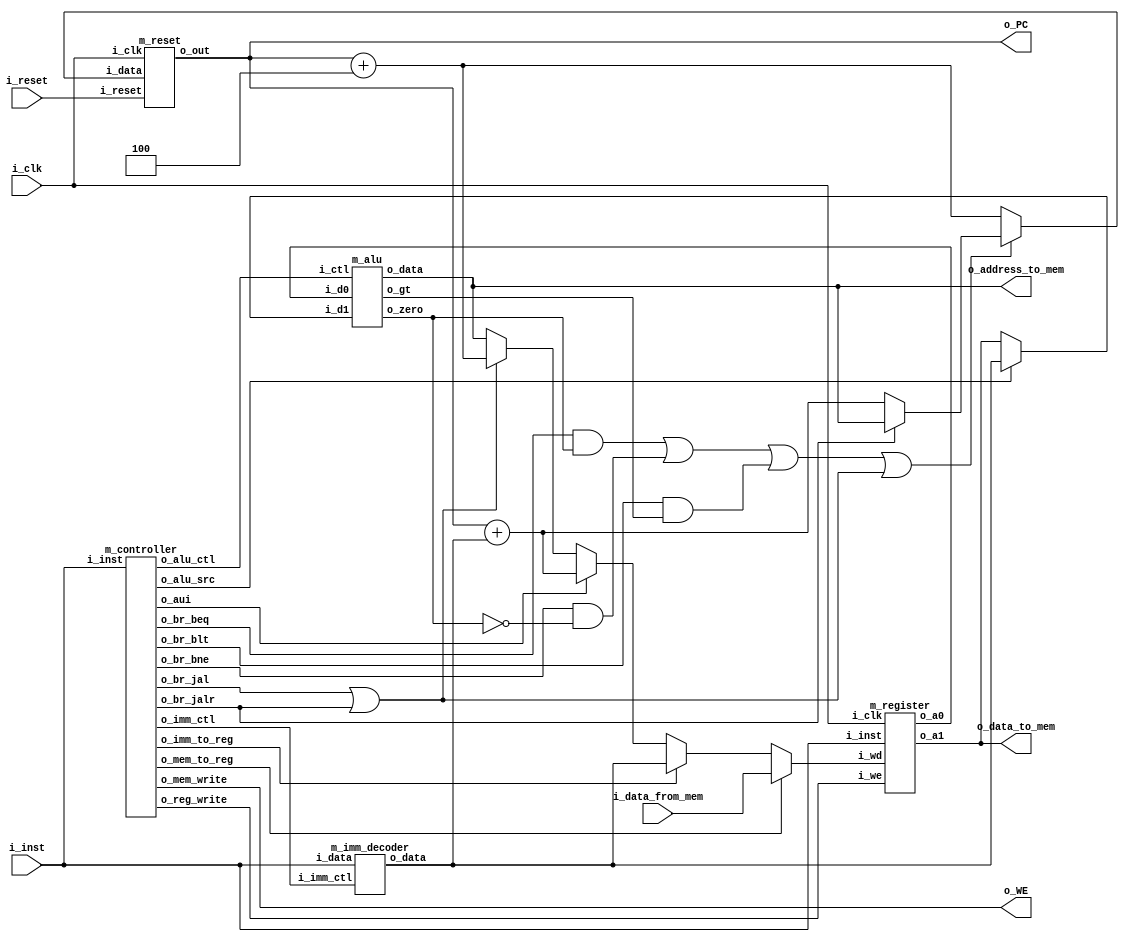
`default_nettype none

/** Links all the components together - RAM is external */
module m_processor( input i_clk, i_reset,
                  output [31:0] o_PC,
                  input  [31:0] i_inst,
                  output o_WE,
                  output [31:0] o_address_to_mem,
                  output [31:0] o_data_to_mem,
                  input  [31:0] i_data_from_mem
                );
  // blue controller wires
  wire [2:0] imm_ctl;
  wire alu_src;
  wire [3:0] alu_ctl;
  wire mem_write, mem_to_reg, reg_write, imm_to_reg;
  wire br_jalr, br_jal, br_beq, br_bne, br_blt;
  wire br_outcome, br_jalx;
  wire aui;

  wire [31:0]
    pc, pc_plus, imm_op, pc_imm,
    rs0, rs1,
    alu_src_a, alu_src_b, alu_out,
    br_target, res,
    tmp0, tmp1, tmp2;
  wire alu_zero, alu_gt;

  // PC
  wire [31:0] pc_new;
  m_reset u_pc_reg(i_clk, i_reset, pc_new, pc);

  // Linking wires
  assign alu_src_a = rs0;
  assign alu_src_b = alu_src ? imm_op : rs1;
  assign o_data_to_mem = rs1;
  assign o_address_to_mem = alu_out;
  assign o_WE = mem_write;
  assign pc_plus = pc + 4;
  assign o_PC = pc;
  assign pc_imm = pc + imm_op;
  assign br_outcome = (br_beq && alu_zero) || (br_bne && !alu_zero) || (br_blt && alu_gt) || br_jalx;
  assign pc_new = br_outcome ? br_target : pc_plus;
  assign br_jalx = br_jal || br_jalr;
  assign br_target = br_jalr ? alu_out : pc_imm;
  assign tmp0 = br_jalx ? pc_plus : alu_out;
  assign tmp1 = aui ? pc_imm : tmp0;
  assign tmp2 = imm_to_reg ? imm_op : tmp1;
  assign res = mem_to_reg ? i_data_from_mem : tmp2;


  // Components
  m_controller u_ctl(
    i_inst,
    imm_ctl, alu_src, alu_ctl,
    mem_write, mem_to_reg, reg_write, imm_to_reg,
    br_jalr, br_jal, br_beq, br_bne, br_blt, aui
  );
  m_register u_reg(i_inst, i_clk, reg_write, res, rs0, rs1);
  m_imm_decoder u_imm_dec(i_inst, imm_ctl, imm_op);
  m_alu u_alu(alu_src_a, alu_src_b, alu_ctl, alu_out, alu_zero, alu_gt);
endmodule


/** Registers
  * @param i_ar0, i_ar1 first and second address to read a register from
  * @param i_clk - clock on which writes are done
  * @param i_we - write enabled
  * @return o_a0, o_a1 - content of registers referenced by i_ar0 and i_ar1
  */
module m_register(input [31:0] i_inst, input i_clk, i_we, input [31:0] i_wd, output [31:0] o_a0, o_a1);
  reg [31:0] matrix [31:0];

  wire [4:0] ar0 = i_inst[19:15], ar1 = i_inst[24:20], aw = i_inst[11:7];

  assign o_a0 = ar0 == 0 ? 0 : matrix[ar0];
  assign o_a1 = ar1 == 0 ? 0 : matrix[ar1];

  always @(posedge i_clk) begin
    if (i_we) matrix[aw] <= i_wd;
    else ;
  end

  // always @(*) #1 $display("reg in: %b %h", i_we, i_wd);
  // always @(*) #1 $display("reg outA:  %h", o_a0);
  // always @(*) #1 $display("reg outB:  %h", o_a1);

  /*
  always @(matrix[0]) #1 $display("x0: %h", matrix[0]);
  always @(matrix[1]) #1 $display("ra: %h", matrix[1]);
  always @(matrix[2]) #1 $display("sp: %h", matrix[2]);
  always @(matrix[3]) #1 $display("gp: %h", matrix[3]);
  always @(matrix[4]) #1 $display("tp: %h", matrix[4]);
  always @(matrix[5]) #1 $display("t0: %h", matrix[5]);
  always @(matrix[6]) #1 $display("t1: %h", matrix[6]);
  always @(matrix[7]) #1 $display("t2: %h", matrix[7]);
  always @(matrix[8]) #1 $display("s0: %h", matrix[8]);
  always @(matrix[9]) #1 $display("s1: %h", matrix[9]);
  always @(matrix[10]) #1 $display("a0: %h", matrix[10]);
  always @(matrix[11]) #1 $display("a1: %h", matrix[11]);
  always @(matrix[12]) #1 $display("a2: %h", matrix[12]);
  always @(matrix[13]) #1 $display("a3: %h", matrix[13]);
  always @(matrix[14]) #1 $display("a4: %h", matrix[14]);
  always @(matrix[15]) #1 $display("a5: %h", matrix[15]);
  always @(matrix[16]) #1 $display("a6: %h", matrix[16]);
  always @(matrix[17]) #1 $display("a7: %h", matrix[17]);
  always @(matrix[18]) #1 $display("s2: %h", matrix[18]);
  always @(matrix[19]) #1 $display("s3: %h", matrix[19]);
  always @(matrix[20]) #1 $display("s4: %h", matrix[20]);
  always @(matrix[21]) #1 $display("s5: %h", matrix[21]);
  always @(matrix[22]) #1 $display("s6: %h", matrix[22]);
  always @(matrix[23]) #1 $display("s7: %h", matrix[23]);
  always @(matrix[24]) #1 $display("s8: %h", matrix[24]);
  always @(matrix[25]) #1 $display("s9: %h", matrix[25]);
  always @(matrix[26]) #1 $display("sa: %h", matrix[26]);
  always @(matrix[27]) #1 $display("sb: %h", matrix[27]);
  always @(matrix[28]) #1 $display("t3: %h", matrix[28]);
  always @(matrix[29]) #1 $display("t4: %h", matrix[29]);
  always @(matrix[30]) #1 $display("t5: %h", matrix[30]);
  always @(matrix[31]) #1 $display("t6: %h", matrix[31]);
  */
endmodule



/** Operation codes decoder */
module m_controller(input [31:0] i_inst,
                    output [2:0] o_imm_ctl,
                    output o_alu_src,
                    output [3:0] o_alu_ctl,

                    output o_mem_write,
                    output o_mem_to_reg,
                    output o_reg_write,
                    output o_imm_to_reg,

                    output o_br_jalr,
                    output o_br_jal,
                    output o_br_beq,
                    output o_br_bne,
                    output o_br_blt,
                    output o_aui);

  // Output definition

  // register arithmetic
  wire [17:0] s_add  = 'b000_0_0000_0010_00000_0; // add
  wire [17:0] s_and  = 'b000_0_0010_0010_00000_0; // and
  wire [17:0] s_sub  = 'b000_0_0001_0010_00000_0; // substitute
  wire [17:0] s_slt  = 'b000_0_0011_0010_00000_0; // compare, a < b -> 1
  wire [17:0] s_sltu = 'b000_0_1011_0010_00000_0; // compare, a < b -> 1
  wire [17:0] s_div  = 'b000_0_0100_0010_00000_0; // divide
  wire [17:0] s_rem  = 'b000_0_0101_0010_00000_0; // modulo
  wire [17:0] s_or   = 'b000_0_1001_0010_00000_0; // or
  wire [17:0] s_xor  = 'b000_0_1010_0010_00000_0; // xor
  wire [17:0] s_sll  = 'b000_0_0110_0010_00000_0; // logical left shift
  wire [17:0] s_srl  = 'b000_0_0111_0010_00000_0; // logical left shift
  wire [17:0] s_sra  = 'b000_0_1000_0010_00000_0; // arithmetic left shift

  // immediate arithmetic
  wire [17:0] s_addi  = 'b001_1_0000_0010_00000_0; // add immediate
  wire [17:0] s_andi  = 'b001_1_0010_0010_00000_0; // and immediate
  wire [17:0] s_slti  = 'b001_1_0011_0010_00000_0; // compare, a < b -> 1 immediate
  wire [17:0] s_sltiu = 'b001_1_1011_0010_00000_0; // compare, a < b -> 1 immediate
  wire [17:0] s_ori   = 'b001_1_1001_0010_00000_0; // or immediate
  wire [17:0] s_xori  = 'b001_1_1010_0010_00000_0; // xor immediate
  wire [17:0] s_slli  = 'b110_1_0110_0010_00000_0; // logical left shift immediate
  wire [17:0] s_srli  = 'b110_1_0111_0010_00000_0; // logical left shift immediate
  wire [17:0] s_srai  = 'b110_1_1000_0010_00000_0; // arithmetic left shift immediate

  // branching
  wire [17:0] s_beq  = 'b011_0_0001_0000_00100_0; // branch equal
  wire [17:0] s_bne  = 'b011_0_0001_0000_00010_0; // branch not equal
  wire [17:0] s_blt  = 'b011_0_0000_0000_00001_0; // jump if a < b

  // memory
  wire [17:0] s_lw   = 'b001_1_0000_0110_00000_0; // load word
  wire [17:0] s_sw   = 'b010_1_0000_1000_00000_0; // save word
  wire [17:0] s_lui  = 'b100_1_0000_0011_00000_0; // load immediate

  // jumping
  wire [17:0] s_jal  = 'b101_0_0000_0010_01000_0; // jump relative to PC
  wire [17:0] s_jalr = 'b001_1_0000_0010_10000_0; // jump relative to rd
  wire [17:0] s_aui  = 'b100_0_0000_0010_00000_1; // rd <- rn + PC


  // parsing
  wire [6:0] opt  = i_inst[6:0];
  wire [3:0] fun3 = i_inst[14:12];
  wire [6:0] fun7 = i_inst[31:25];

  wire [31:0] out = 
    // register arithmetic
    opt == 'b0110011 ? ( 
      fun3 == 'b000 ? 
        fun7 == 'b0000000 ? s_add : // add
        fun7 == 'b0100000 ? s_sub : // sub
        0 : 
      fun3 == 'b010 ? 
        fun7 == 'b0000000 ? s_slt : 0 : // slt
      fun3 == 'b111 ? 
        fun7 == 'b0000000 ? s_and : 0 : // and
      fun3 == 'b100 ?
        fun7 == 'b0000000 ? s_xor : // xor
        fun7 == 'b0000001 ? s_div : // div
        0 :
      fun3 == 'b110 ?
        fun7 == 'b0000000 ? s_or  : // or
        fun7 == 'b0000001 ? s_rem : // rem
        0 :
      fun3 == 'b001 ?
        fun7 == 'b0000000 ? s_sll : 0 : // sll
      fun3 == 'b101 ?
        fun7 == 'b0000000 ? s_srl : // srl
        fun7 == 'b0100000 ? s_sra : // sra
        0 :
      fun3 == 'b011 ?
        fun7 == 'b0000000 ? s_sltu : 0 : // sltu
    0) :

    // immediate arithmetic
    opt == 'b0010011 ? 
      fun3 == 'b000 ? s_addi : // addi
      fun3 == 'b001 ? s_slli : // slli
      fun3 == 'b010 ? s_slti : // slti
      fun3 == 'b011 ? s_sltiu : // sltiu
      fun3 == 'b100 ? s_xori : // xori
      fun3 == 'b101 ?
        fun7 == 'b0000000 ? s_srli : // srli
        fun7 == 'b0100000 ? s_srai : // srai
        0 :
      fun3 == 'b110 ? s_ori : // ori
      fun3 == 'b111 ? s_andi : // andi
      0 :

    // branching
    opt == 'b1100011 ? 
      fun3 == 'b000 ? s_beq  : // beq
      fun3 == 'b001 ? s_bne  : // bne
      fun3 == 'b100 ? s_blt  : // blt
      0 :

    // memory
    opt == 'b0000011 ?
      fun3 == 'b010 ? s_lw   : 0 : // lw
    opt == 'b0100011 ?
      fun3 == 'b010 ? s_sw   : 0 : // sw
    opt == 'b0110111 ? s_lui  : // lui

    // jumps
    opt == 'b1101111 ? s_jal  : // jal
    opt == 'b1100111 ? 
      fun3 == 'b000 ? s_jalr : 0 : // jalr
    opt == 'b0010111 ? s_aui  : // auipc
   0;

  assign {
    o_imm_ctl, o_alu_src, o_alu_ctl,
    o_mem_write, o_mem_to_reg, o_reg_write, o_imm_to_reg,
    o_br_jalr, o_br_jal, o_br_beq, o_br_bne, o_br_blt, o_aui
    } = out;

  // always @(*) #1 $display("ctl: %b (%h) -> %b", i_inst, i_inst, out);
  // always @(*) #1 $display("opt: %b, fun3: %b, fun7: %b", opt, fun3, fun7);
endmodule






/** Decodes data stored in an instruction
  * R - 000
  * I - 001
  * S - 010
  * B - 011
  * U - 100
  * J - 101
  * A - 110
  *
  * A is no an usual encoding. It's similar to I, but first 7 bits are trimmed
  * it is used by bit shift instructions
  * https://stackoverflow.com/questions/39489318/risc-v-implementing-slli-srli-and-srai
  */
module m_imm_decoder(input [31:0] i_data, input [2:0] i_imm_ctl, output [31:0] o_data);

  supply0 zero;

  wire [31:0] r = 0;
  wire [31:0] i = {{20{i_data[31]}}, i_data[31:20]};
  wire [31:0] s = {{20{i_data[31]}}, i_data[31:25], i_data[11:7]};
  wire [31:0] b = {{20{i_data[31]}}, i_data[7], i_data[30:25], i_data[11:8], zero};
  wire [31:0] u = {i_data[31:12], {12{zero}}};
  wire [31:0] j = {{12{i_data[31]}}, i_data[19:12], i_data[20], i_data[30:21], zero};
  wire [31:0] a = {{27{i_data[24]}}, i_data[24:20]};

  assign o_data =
    i_imm_ctl == 0 ? r : 
    i_imm_ctl == 1 ? i : 
    i_imm_ctl == 2 ? s : 
    i_imm_ctl == 3 ? b : 
    i_imm_ctl == 4 ? u : 
    i_imm_ctl == 5 ? j : 
    i_imm_ctl == 6 ? a : 
    0;

  // always @(*) #1 $display("dec: %b - %b -> %b(%h)", i_imm_ctl, i_data, o_data, o_data);
endmodule



/** ALU
  * @param i_d0, i_d1 - registers to sum
  * @param k_ctl - mode control
  *   0000 - add
  *   0001 - sub
  *   0010 - and
  *   0011 - slt
  *   0100 - div
  *   0101 - rem
  *   0110 - sll
  *   0111 - srl
  *   1000 - sra
  *   1001 - or
  *   1010 - xor
  *   1011 - sltu
  * @return o_data - operation result
  * @return o_zero - 1 if the operation result is 0
  */
module m_alu(input signed [31:0] i_d0, i_d1, input [3:0] i_ctl, output [31:0] o_data, output o_zero, output o_gt);
  wire [31:0] unsigned_d0 = i_d0;
  wire [31:0] unsigned_d1 = i_d1;

  wire [31:0] w_add  = i_d0 + i_d1;
  wire [31:0] w_sub  = i_d0 - i_d1;
  wire [31:0] w_and  = i_d0 & i_d1;
  wire [31:0] w_slt  = i_d0 < i_d1 ? 1 : 0;
  wire [31:0] w_div  = i_d0 / i_d1;
  wire [31:0] w_rem  = i_d0 % i_d1;
  wire [31:0] w_sll  = i_d0 << i_d1;
  wire [31:0] w_srl  = i_d0 >> i_d1;
  wire [31:0] w_sra  = i_d0 >>> i_d1;
  wire [31:0] w_or   = i_d0 | i_d1;
  wire [31:0] w_xor  = i_d0 ^ i_d1;
  wire [31:0] w_sltu = unsigned_d0 < unsigned_d1 ? 1 : 0;

  wire [31:0] result =
    i_ctl == 'b0000 ? w_add  :
    i_ctl == 'b0001 ? w_sub  :
    i_ctl == 'b0010 ? w_and  :
    i_ctl == 'b0011 ? w_slt  :
    i_ctl == 'b0100 ? w_div  :
    i_ctl == 'b0101 ? w_rem  :
    i_ctl == 'b0110 ? w_sll  :
    i_ctl == 'b0111 ? w_srl  :
    i_ctl == 'b1000 ? w_sra  :
    i_ctl == 'b1001 ? w_or   :
    i_ctl == 'b1010 ? w_xor  :
    i_ctl == 'b1011 ? w_sltu :
    0;

  // always @(*) #1 $display("alu: %h %b %h -> %h", i_d0, i_ctl, i_d1, result);
  // always @(*) #1 $display("zero: %b", o_zero);

  assign o_zero = result == 0;
  assign o_gt = i_d0 < i_d1;
  assign o_data = result;
endmodule

/** Reset-able register
  * updates it's value to the next one on clk tick unless reset is on
  * if reset is 1, 0 is saved to the register
  */
module m_reset(input i_clk, i_reset, input [31:0] i_data, output reg [31:0] o_out);
  always @(posedge i_clk) begin
    if (i_reset) o_out <= 0;
    else o_out <= i_data;
  end
endmodule

// down just to see not warnings in the top main part
module processor( input clk, reset,
                  output [31:0] PC,
                  input  [31:0] instruction,
                  output        WE,
                  output [31:0] address_to_mem,
                  output [31:0] data_to_mem,
                  input  [31:0] data_from_mem
                );
  m_processor u_cpu(clk, reset, PC, instruction, WE, address_to_mem, data_to_mem, data_from_mem);
endmodule

`default_nettype wire